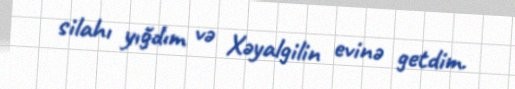
silahı yığdım və Xəyalgilin evinə getdim.